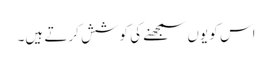
اس کو یوں سمجھنے کی کوشش کرتے ہیں۔